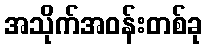
အသိုက်အဝန်းတစ်ခု